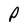
Character: P